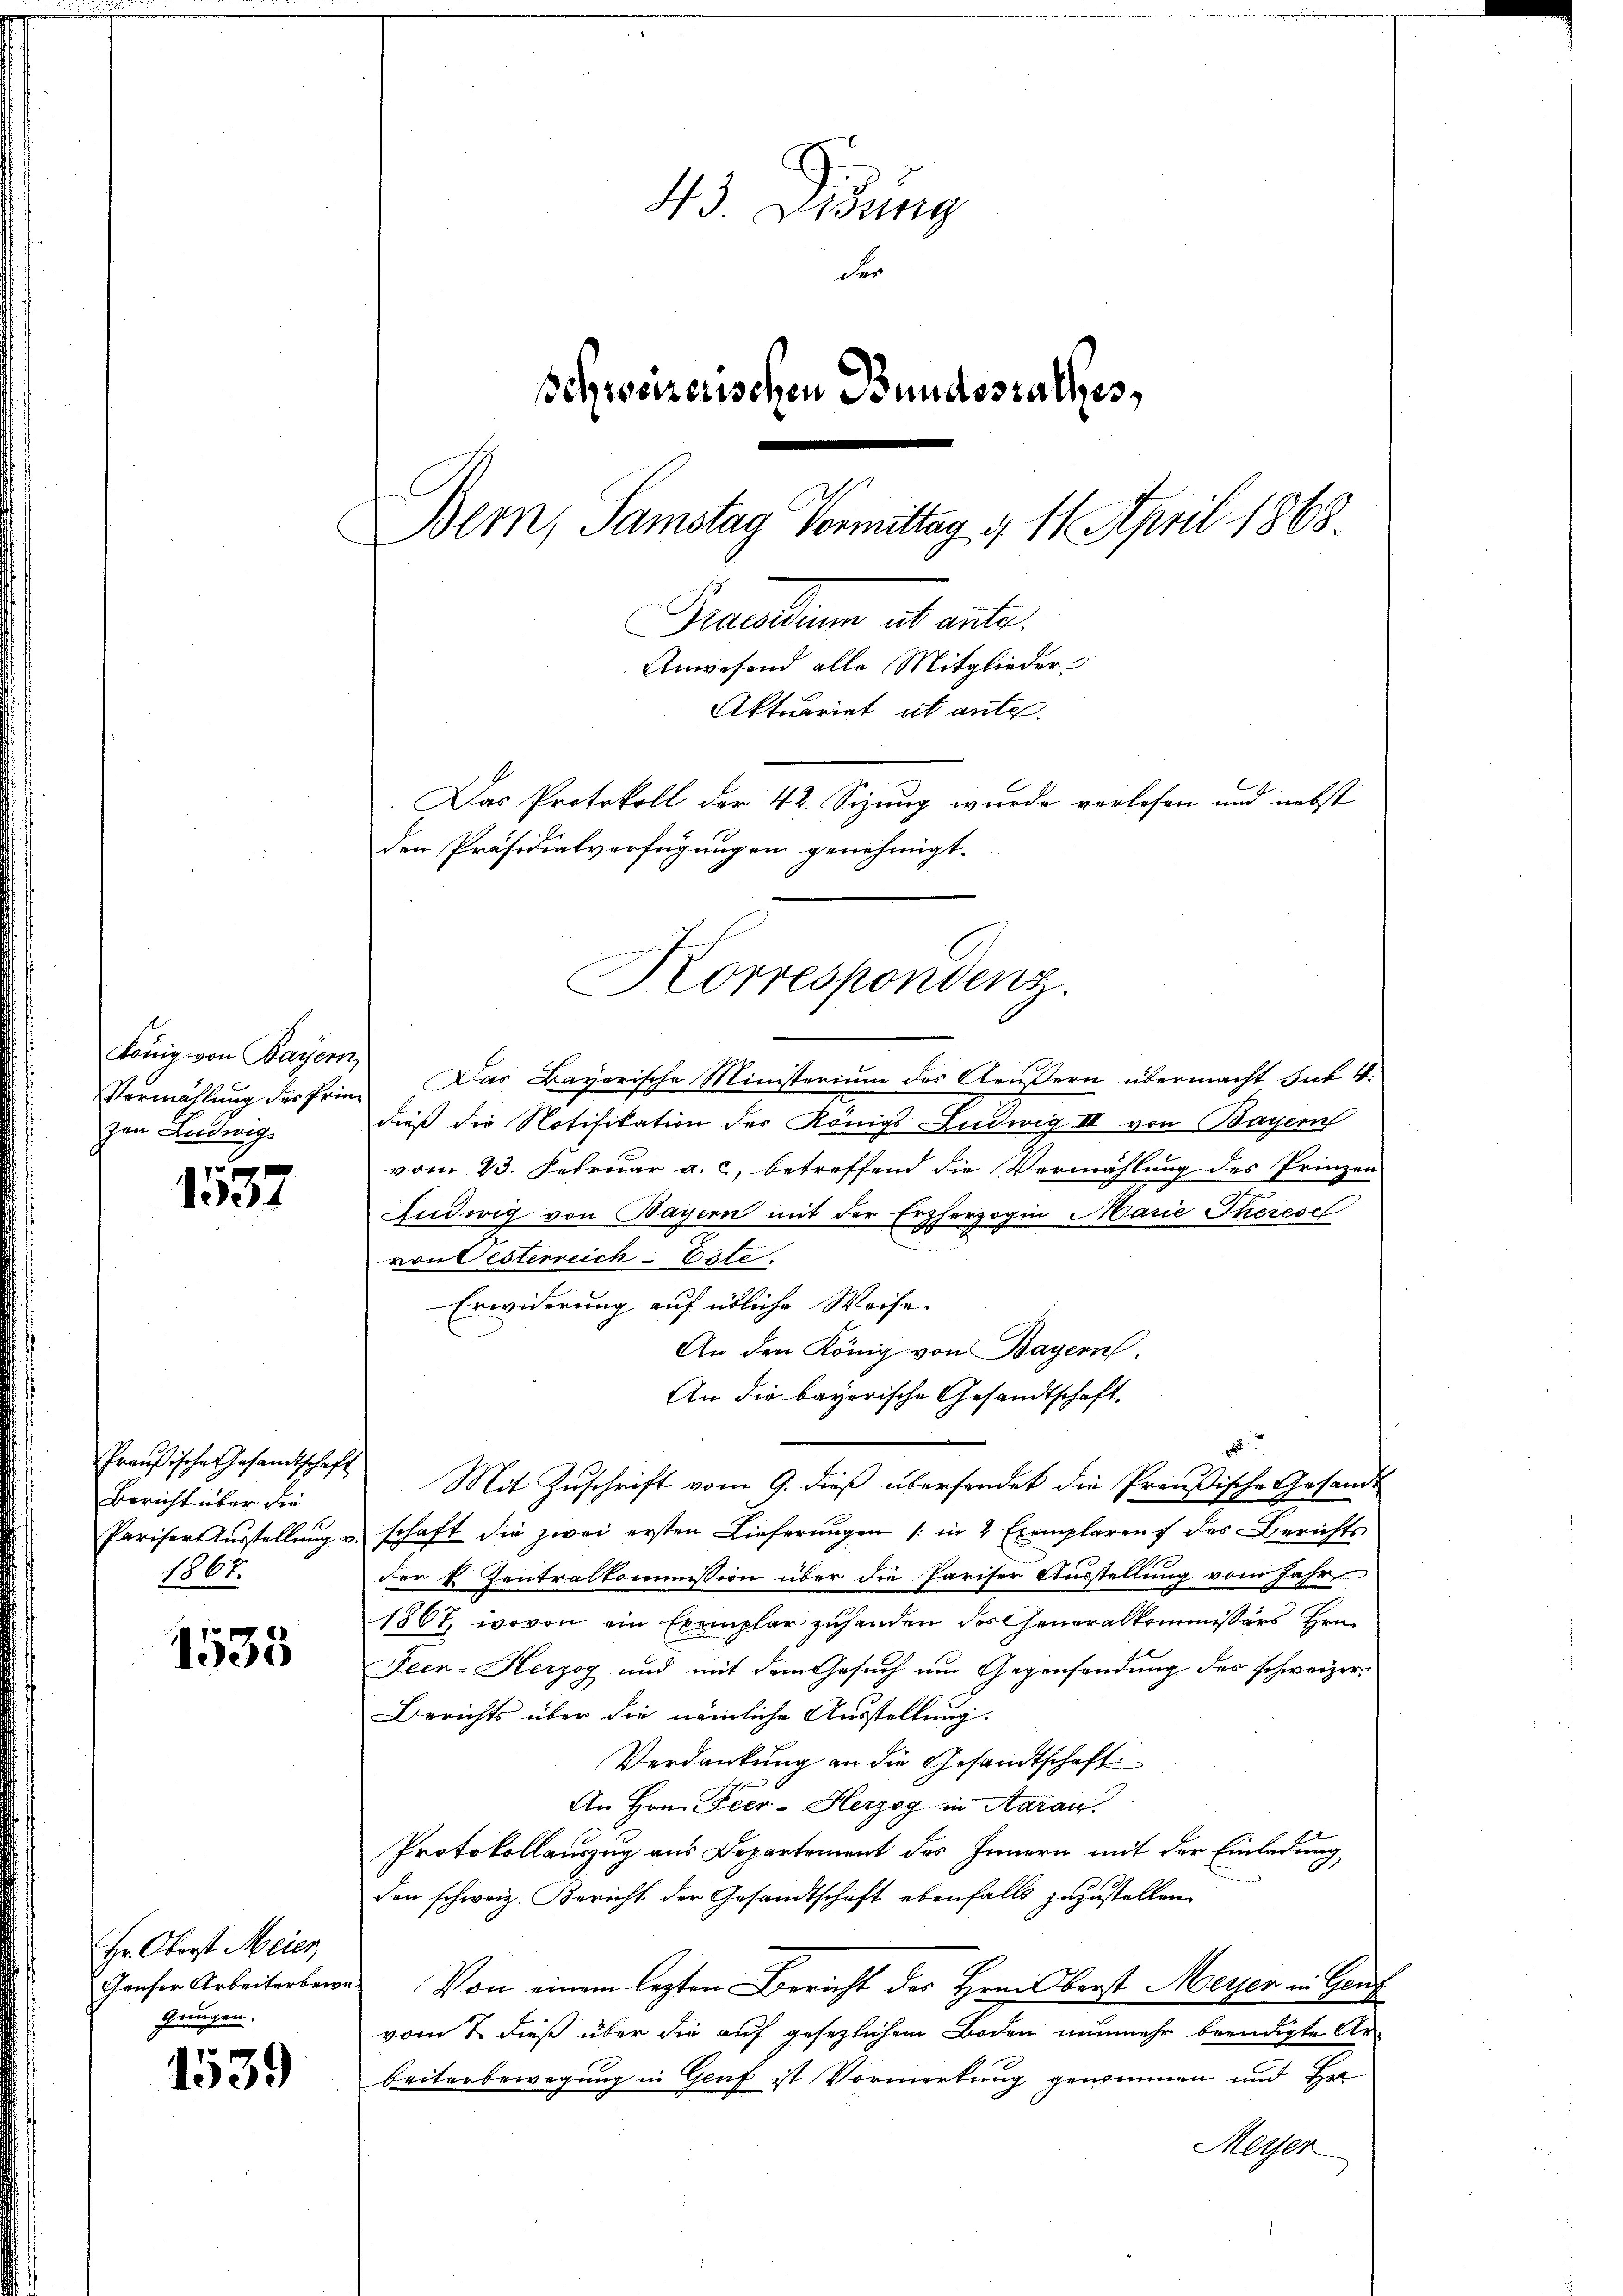
König von Bayern,
Vermählung des Prinzen Ludwigs

1557

Preußische Gesandtschaft
Bericht über die
Pariser Ausstellung v.
1867.

1533

Hr. Oberst Meier,
Gruser Arbeiterbere
gungen.

1539

43 Didung
der
schweizerischen Bundesrathes,
Bern, Samstag Vormittag d. 11. April 1868
Pactum ab ante.
Anwesend alle Mitglieder
Aktuariat cit ante.
Das Protokoll der 42. Sizung wurde verlosen und nebst
den Präsidialverfügungen genehmigt.

Korrespondenz.

Das Bayerische Ministerium des Aeußern übermacht Sub 4.
dieß die Notifikation der Königs Ludwig III von Bayern
vom 23. Februar a. c. betreffend die Vermählung des Prinzen
Ludwig von Bayern mit der Erzherzogin Marie Therese
von Pesterreich Este
Erwiderung auf übliche Weise.
An den König von Bayern
An die bayerische Gesandtschaft
Mit Zuschrift vom 9. dieß übersendet die Preußische Gesandt
schaft die zwei ersten Lieferŭngen (: in 2 Exemplaren des Berichts
der E. Zentralkommission über die Pariser Ausstellung vom Jahr
1867, wovon ein Exemplar zuhanden des Generalkommissärs Hrn.
Feen-Herzog und mit dem Gesuch um Gegensendung des schweizer¬
Berichts über die nämliche Ausstellung.
Verdankung an die Gesandtschaft
An Hrn. Feer-Herzog in Aarau
Protokollauszug aus Departement des Innern mit der Einladung
den schweiz. Bericht der Gesandtschaft ebenfalls zuzustellen.
Von einem lezten Bericht des Herrn Oberst Meyer in Genf
vom 7. dieß über die auf gesezlichem Boden nunmehr beendigte Ar-
beiterbewegung in Genf ist Vormerkung genommen und Ha
Meyer